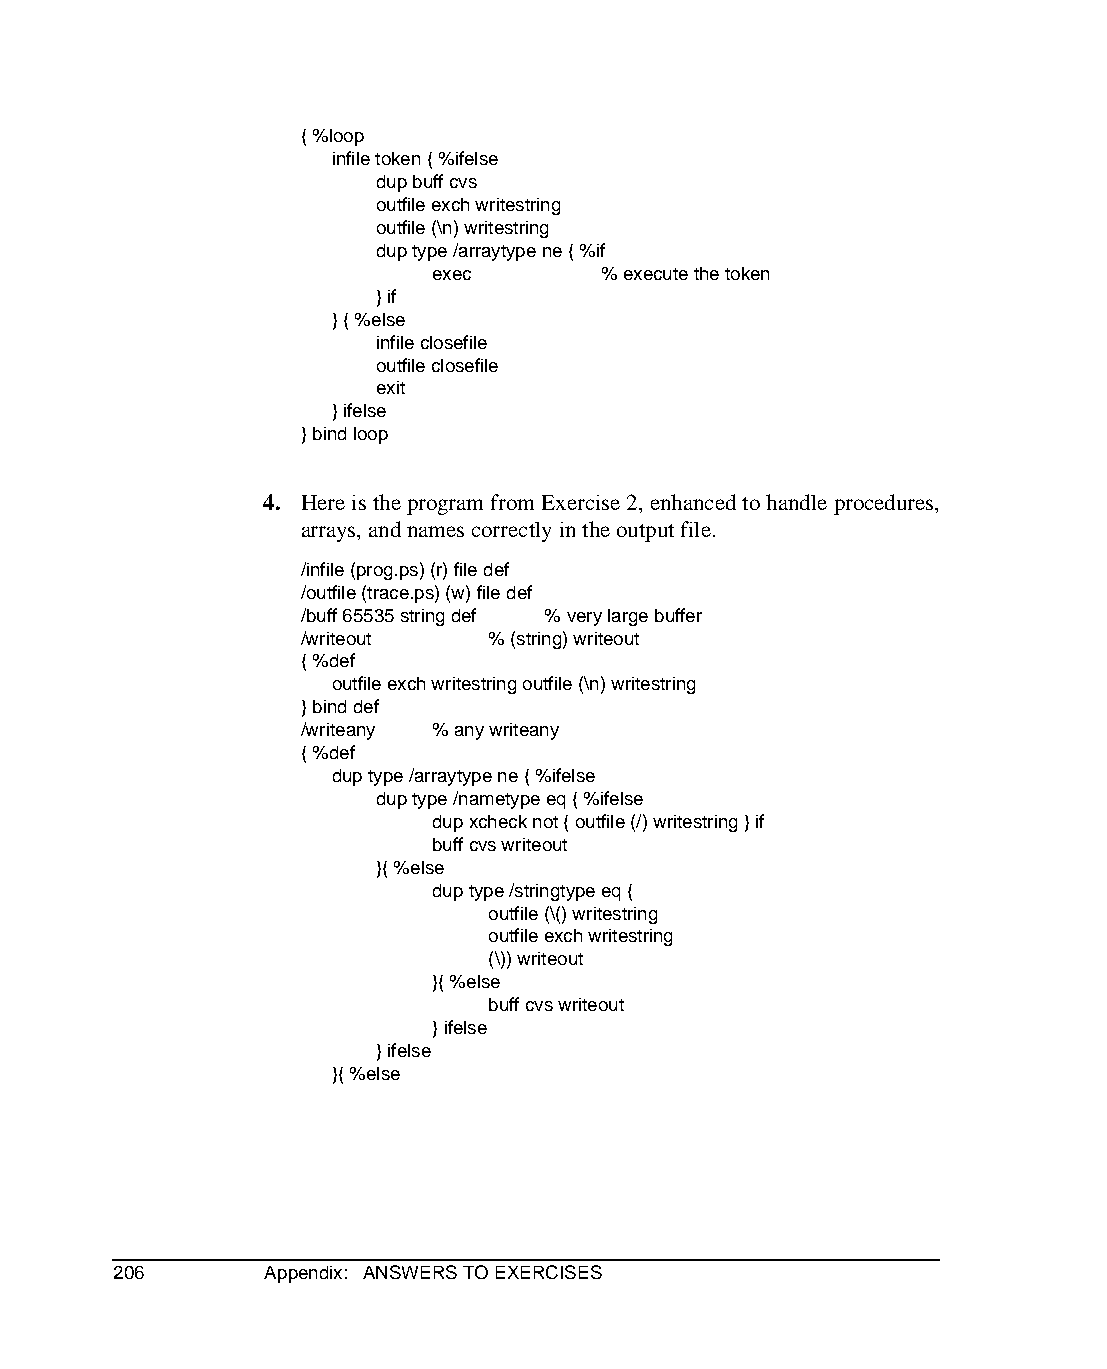
{ %loop
 infile token { %ifelse
 dup buff cvs
 outfile exch writestring
 outfile (\n) writestring
 dup type /arraytype ne { %if
 exec       % execute the token
 } if
 } { %else
 infile closefile
 outfile closefile
 exit
 } ifelse
 } bind loop
 4. Here is the program from Exercise 2, enhanced to handle procedures,
 arrays, and names correctly in the output file.
 /infile (prog.ps) (r) file def
 /outfile (trace.ps) (w) file def
 /buff 65535 string def % very large buffer
 /writeout   % (string) writeout
 { %def
 outfile exch writestring outfile (\n) writestring
 } bind def
 /writeany % any writeany
 { %def
 dup type /arraytype ne { %ifelse
 dup type /nametype eq { %ifelse
 dup xcheck not { outfile (/) writestring } if
 buff cvs writeout
 }{ %else
 dup type /stringtype eq {
 outfile (\() writestring
 outfile exch writestring
 (\)) writeout
 }{ %else
 buff cvs writeout
 } ifelse
 } ifelse
 }{ %else
 206       Appendix: ANSWERS TO EXERCISES